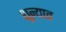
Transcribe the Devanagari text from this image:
शून्यात